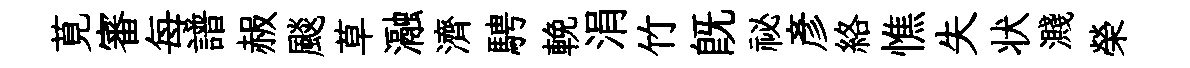
莧審每譜赧颷草瀜濟騁輓涓竹既祕彦絡憔失状濺榮